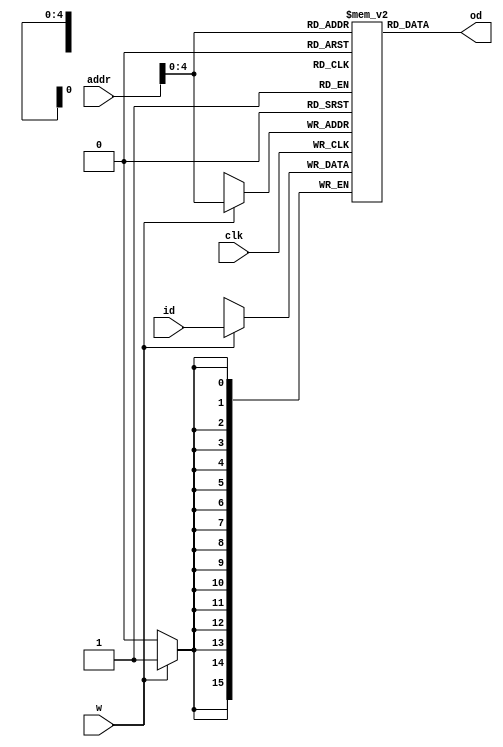
module dmem (	input clk,    //
				input [15:0] addr,	//data
				input [15:0] id,	//data
				input w,	// control

				output [15:0] od);	//data

	reg [15:0] RAM[31:0];

	always @(posedge clk)
		if (w)
			RAM[addr] <= id;

	assign od = RAM[addr];

endmodule